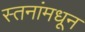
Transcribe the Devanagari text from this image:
स्तनांमधून